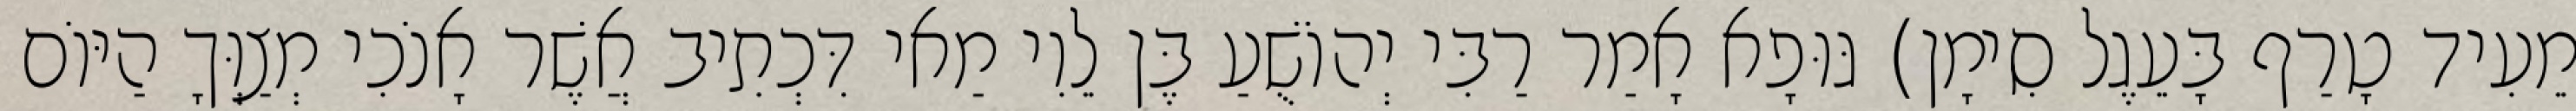
מֵעִיד טָרַף בָּעֵגֶל סִימָן) גּוּפָא אָמַר רַבִּי יְהוֹשֻׁעַ בֶּן לֵוִי מַאי דִּכְתִיב אֲשֶׁר אָנֹכִי מְצַוְּךָ הַיּוֹם